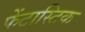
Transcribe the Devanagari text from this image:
फेंटास्टिक